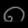
Digit: ၈